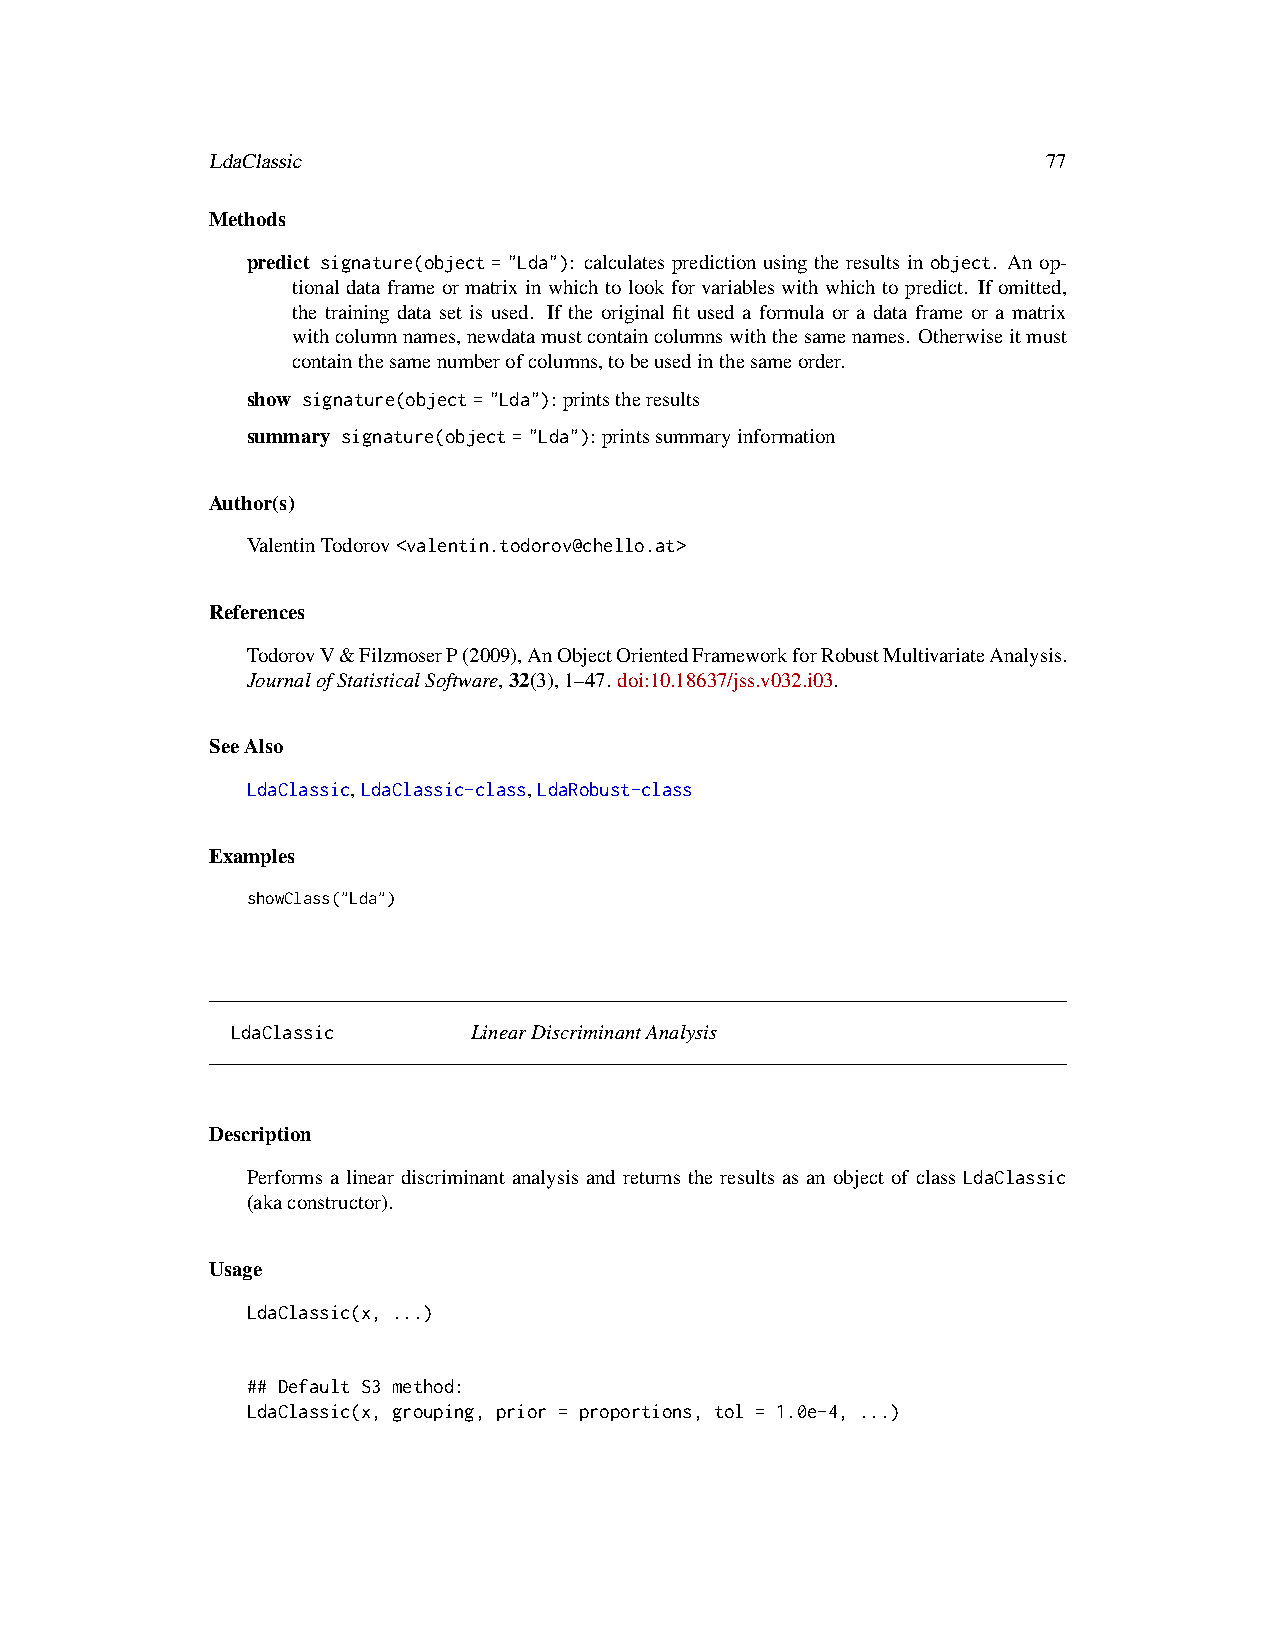
LdaClassic                                             77
 Methods
 predict signature(object="Lda"): calculates prediction using the results in object. An op-
 tional data frame or matrix in which to look for variables with which to predict. If omitted,
 the training data set is used. If the original fit used a formula or a data frame or a matrix
 withcolumnnames,newdatamustcontaincolumnswiththesamenames. Otherwiseitmust
 containthesamenumberofcolumns,tobeusedinthesameorder.
 show signature(object="Lda"): printstheresults
 summary signature(object="Lda"): printssummaryinformation
 Author(s)
 ValentinTodorov<valentin.todorov@chello.at>
 References
 TodorovV&FilzmoserP(2009),AnObjectOrientedFrameworkforRobustMultivariateAnalysis.
 JournalofStatisticalSoftware,32(3),1–47. doi:10.18637/jss.v032.i03.
 SeeAlso
 LdaClassic,LdaClassic-class,LdaRobust-class
 Examples
 showClass("Lda")
 LdaClassic      LinearDiscriminantAnalysis
 Description
 Performs a linear discriminant analysis and returns the results as an object of class LdaClassic
 (akaconstructor).
 Usage
 LdaClassic(x, ...)
 ## Default S3 method:
 LdaClassic(x, grouping, prior = proportions, tol = 1.0e-4, ...)